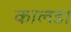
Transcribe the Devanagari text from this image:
कालडा